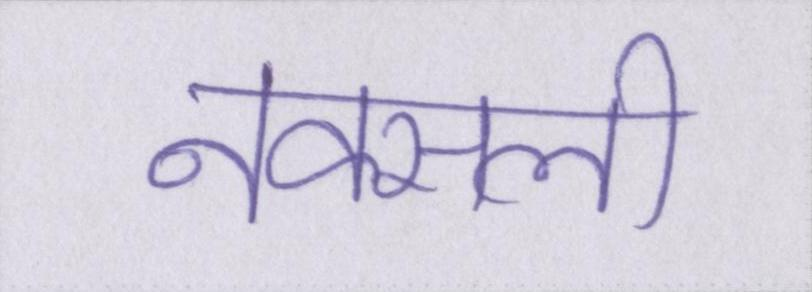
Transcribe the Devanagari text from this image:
नक्सली